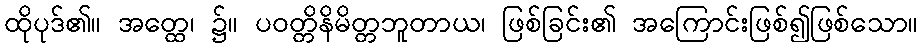
ထိုပုဒ်၏။ အတ္ထေ၊ ၌။ ပဝတ္တိနိမိတ္တဘူတာယ၊ ဖြစ်ခြင်း၏ အကြောင်းဖြစ်၍ဖြစ်သော။